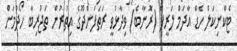
ޓެކްނިކަލް ހެޑް އާދަމް ލަރީފް (ރޮނާބެ) ވިދާޅުވީ ރަތަފަންދޫގެ އިތުރުން ތަޖުރިބާ ހޯދުމަށް